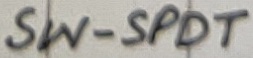
Text: SW-SPDT